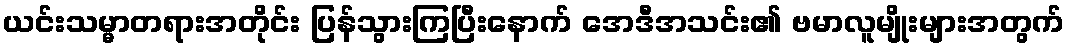
ယင်းသမ္မာတရားအတိုင်း ပြန်သွားကြပြီးနောက် အေဒီအသင်း၏ ဗမာလူမျိုးများအတွက်